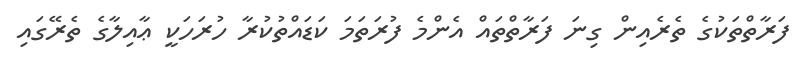
ފަރާތްތަކުގެ ތެރެއިން ގިނަ ފަރާތްތައް އެންމެ ފުރަތަމަ ކަޑައްތުކުރާ ހުރަހަކީ ޢާއިލާގެ ތެރޭގައި